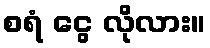
စရံ ငွေ လိုလား။